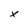
Character: x